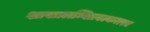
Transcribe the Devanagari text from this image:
शाखालम्बितवल्कलस्य